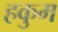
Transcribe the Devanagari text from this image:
हकुम